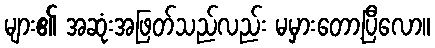
များ၏ အဆုံးအဖြတ်သည်လည်း မမှားတော့ပြီလော။